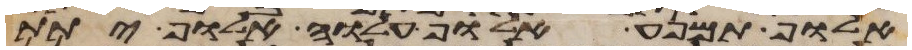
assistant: אלוף תמנע אלוף עלוה אלוף יתת